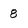
Character: 8